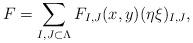
LaTeX: \begin{align*} F = \sum_{I,J \subset \Lambda} F_{I,J}(x,y) (\eta\xi)_{I,J},\end{align*}